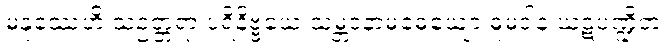
မနုဿေဟိ သဥတ္တရာ ပရိနိဗ္ဗယေ သမ္ဘဝနာမဓေယျော ဓူမဒါနံ ဃဋပဏ္ဍိတံ